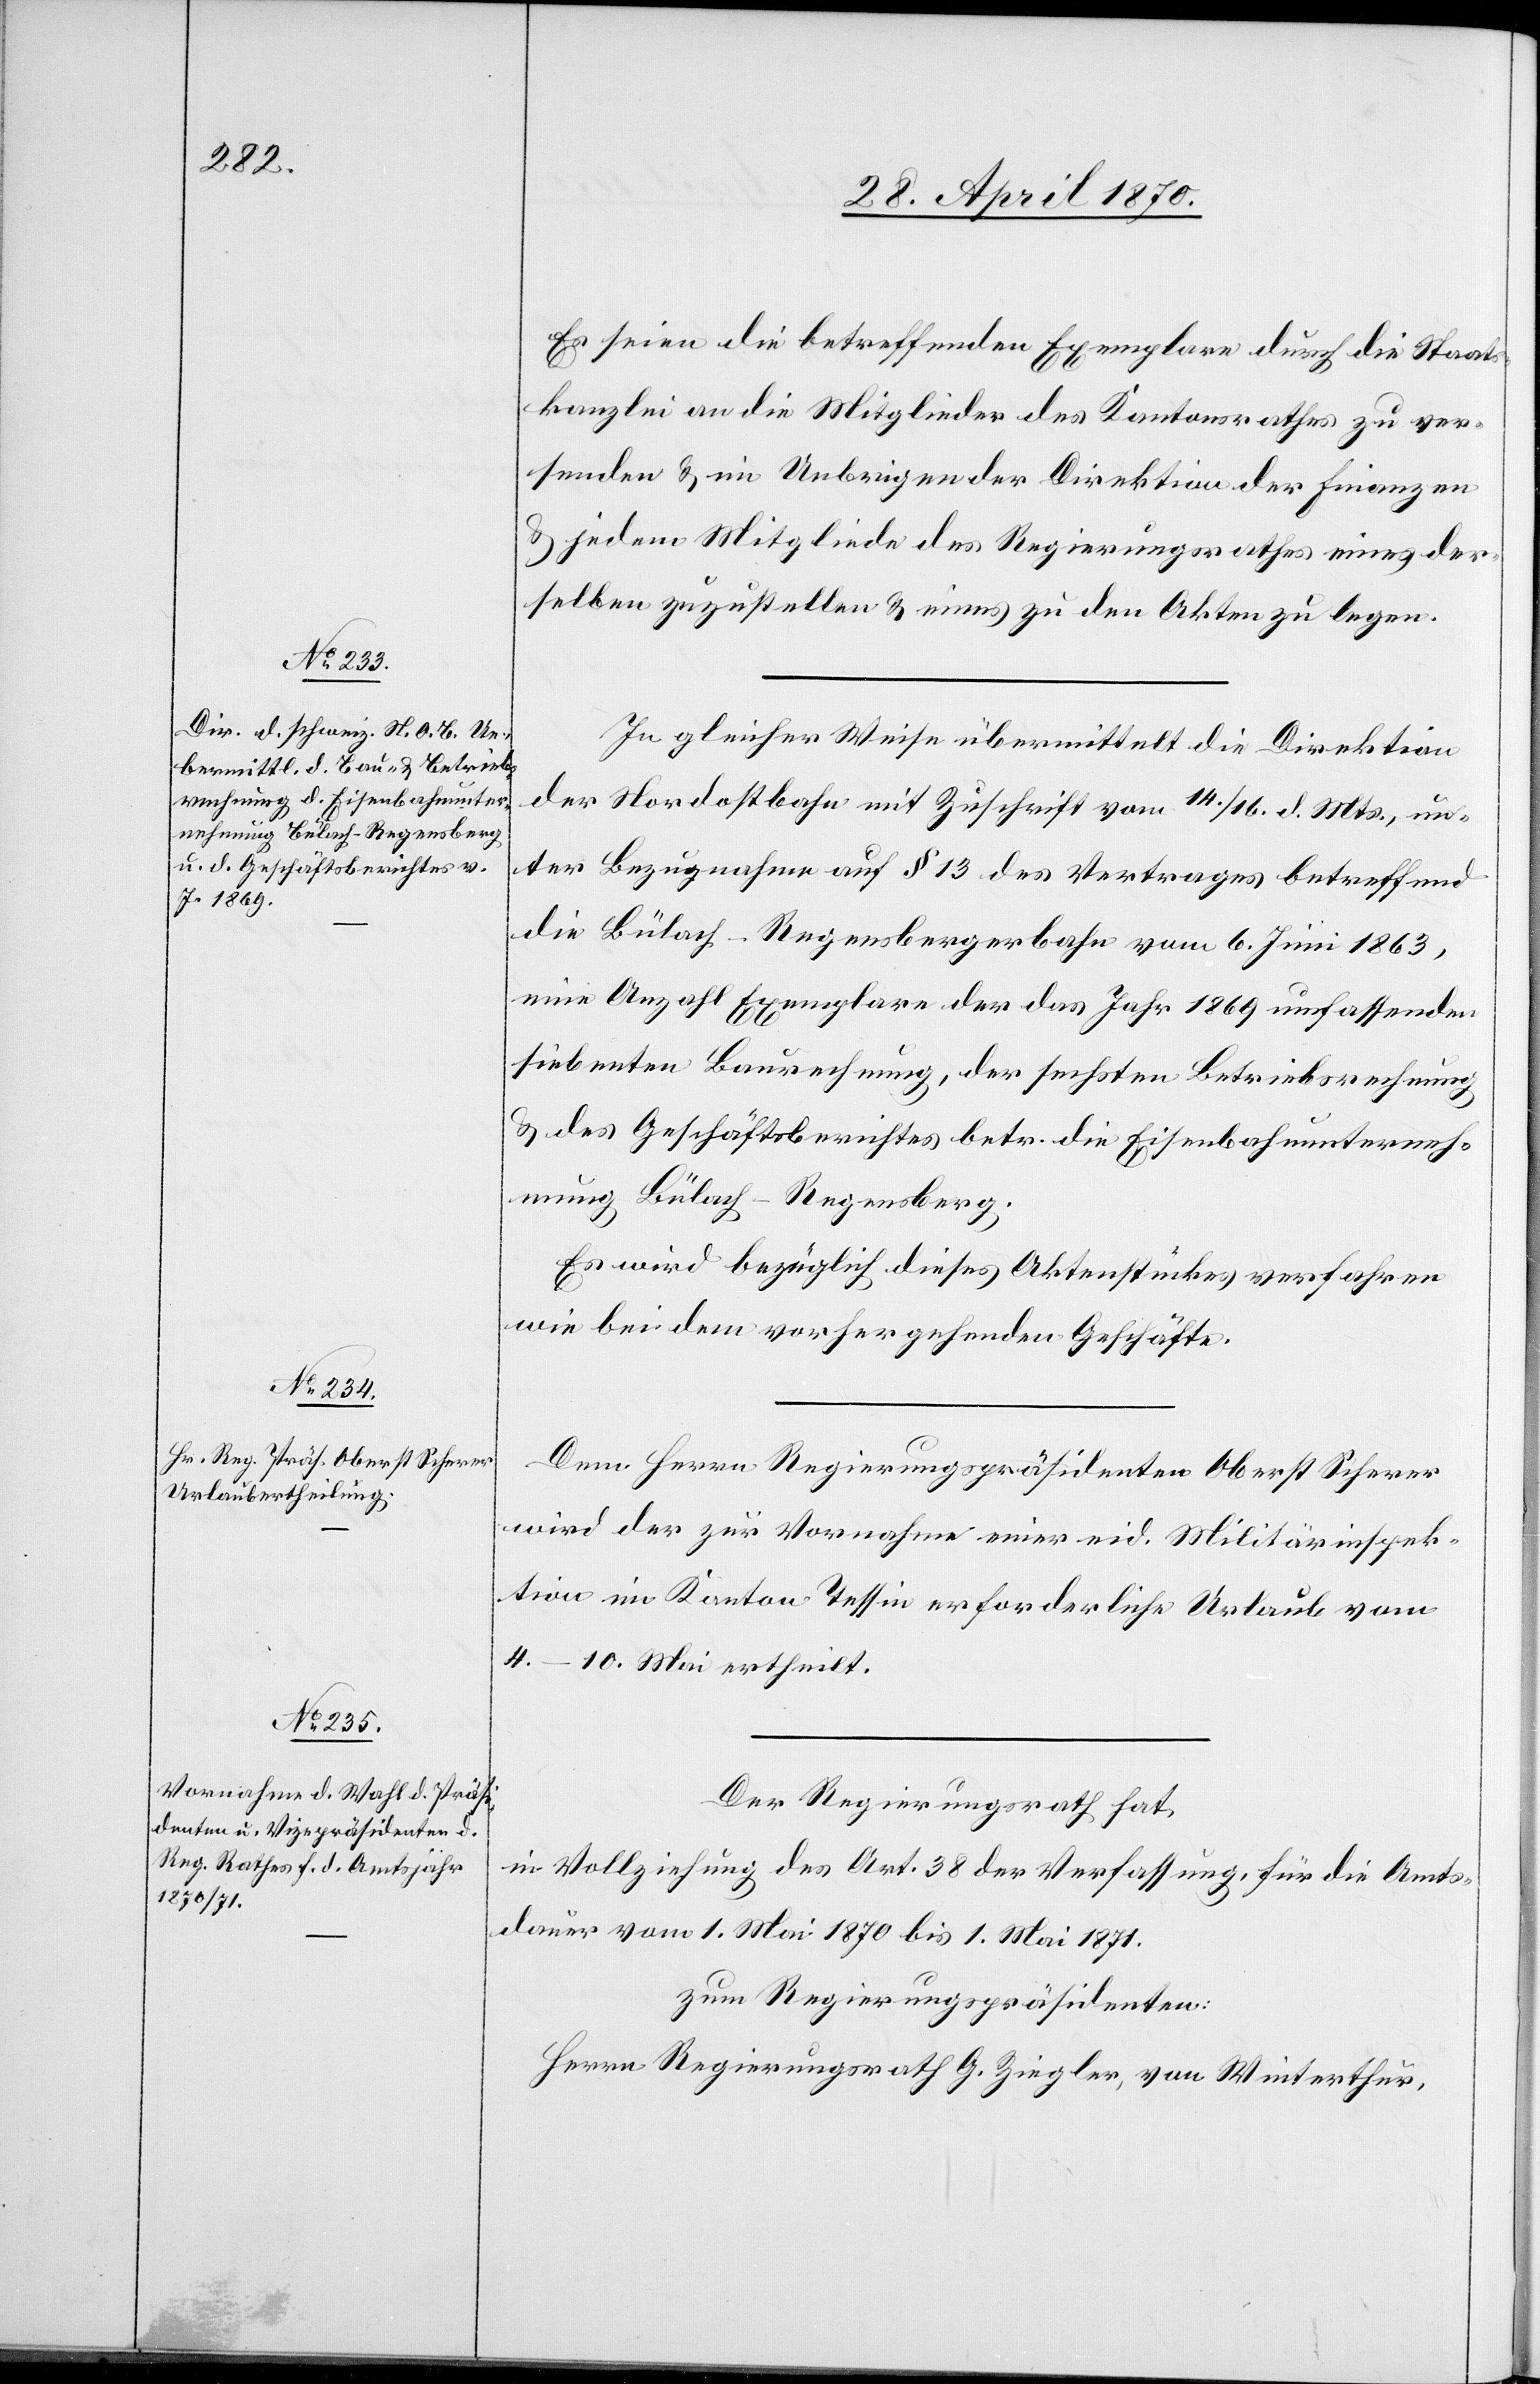
Es seien die betreffenden Exemplare durch die Staats¬
kanzlei an die Mitglieder des Kantonsrathes zu ver¬
senden & im Uebrigen der Direktion der Finanzen
& jedem Mitgliede des Regierungsrathes eines der¬
selben zuzustellen & eines zu den Akten zu legen.
In gleicher Weise übermittelt die Direktion
der Nordostbahn mit Zuschrift vom 14./16. d. Mts., un¬
ter Bezugnahme auf § 13 des Vertrages betreffend
die Bülach–Regensbergerbahn vom 6. Juni 1863,
eine Anzahl Exemplare der das Jahr 1869 umfassenden
siebenten Baurechnung, der sechsten Betriebsrechnung
& des Geschäftsberichtes betr. die Eisenbahnunterneh¬
mung Bülach–Regensberg.
Es wird bezüglich dieses Aktenstückes verfahren
wie bei dem vorhergehenden Geschäfte.
Dem Herrn Regierungspräsidenten Oberst Scherer
wird der zur Vornahme einer eid. Militärinspek¬
tion im Kanton Tessin erforderliche Urlaub vom
4.–10. Mai ertheilt.
Der Regierungsrath hat,
in Vollziehung des Art. 38 der Verfassung, für die Amts¬
dauer vom 1. Mai 1870 bis 1. Mai 1871
zum Regierungspräsidenten:
Herrn Regierungsrath G. Ziegler, von Winterthur,